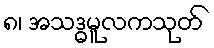
၈၊ အသဒ္ဓမူလကသုတ်